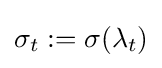
\sigma _{t}:=\sigma (\lambda _{t})